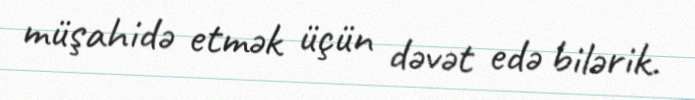
müşahidə etmək üçün dəvət edə bilərik.